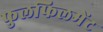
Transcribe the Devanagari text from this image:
फुलफिलमेंट